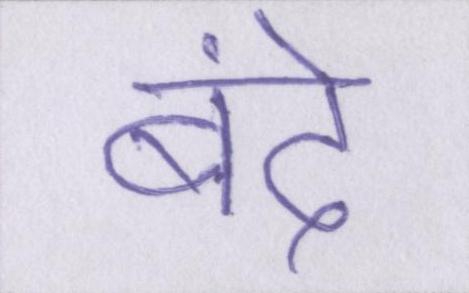
बंदे